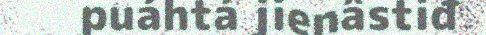
puáhtá jienâstiđ